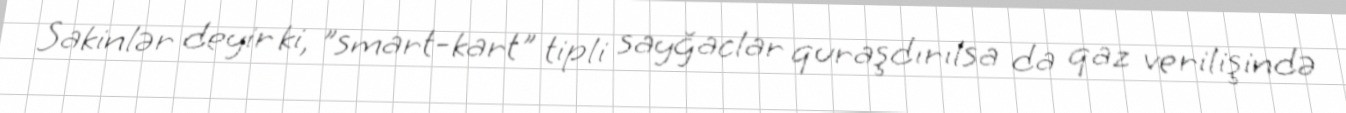
Sakinlər deyir ki, "smart-kart" tipli sayğaclar quraşdırılsa da qaz verilişində